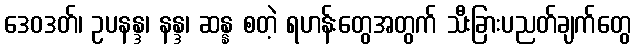
ဒေဝဒတ်၊ ဥပနန္ဒ၊ နန္ဒ၊ ဆန္န စတဲ့ ရဟန်းတွေအတွက် သီးခြားပညတ်ချက်တွေ